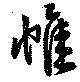
帷